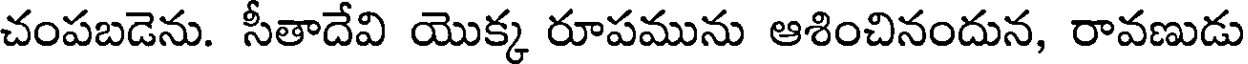
చంపబడెను. సీతాదేవి యొక్క రూపమును ఆశించినందున, రావణుడు